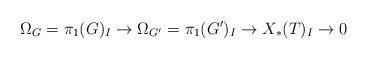
LaTeX: \begin{align*} \Omega_G=\pi_1(G)_I\to \Omega_{G'}=\pi_1(G')_I\to X_*(T)_I\to 0\end{align*}